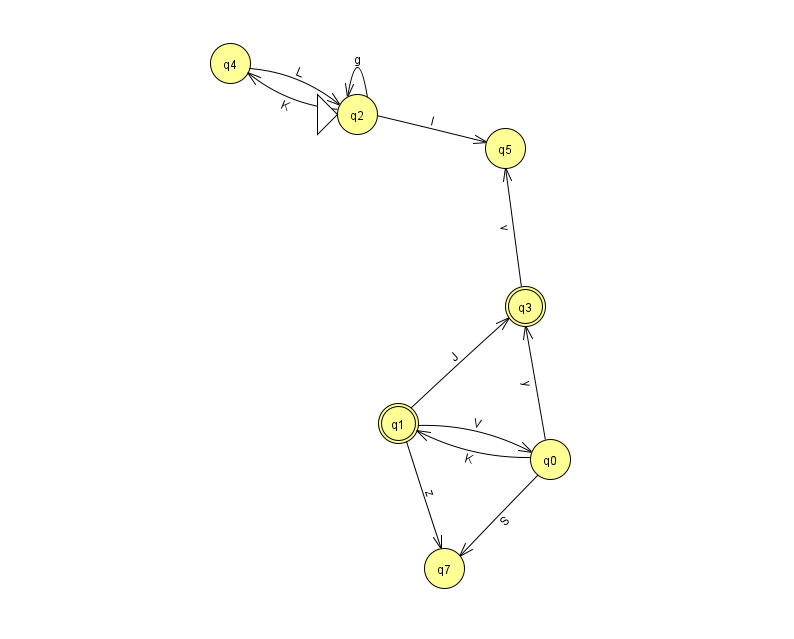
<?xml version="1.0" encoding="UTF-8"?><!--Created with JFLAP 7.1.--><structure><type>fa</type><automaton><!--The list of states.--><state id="0" name="q0"><x>550.0</x><y>446.0</y></state><state id="1" name="q1"><x>398.0</x><y>410.0</y><final/></state><state id="2" name="q2"><x>357.0</x><y>101.0</y><initial/></state><state id="3" name="q3"><x>525.0</x><y>293.0</y><final/></state><state id="4" name="q4"><x>230.0</x><y>50.0</y></state><state id="5" name="q5"><x>505.0</x><y>135.0</y></state><state id="7" name="q7"><x>444.0</x><y>555.0</y></state><!--The list of transitions.--><transition><from>0</from><to>1</to><read>K</read></transition><transition><from>0</from><to>3</to><read>y</read></transition><transition><from>0</from><to>7</to><read>S</read></transition><transition><from>1</from><to>7</to><read>z</read></transition><transition><from>2</from><to>2</to><read>g</read></transition><transition><from>2</from><to>5</to><read>I</read></transition><transition><from>3</from><to>5</to><read>v</read></transition><transition><from>4</from><to>2</to><read>L</read></transition><transition><from>1</from><to>3</to><read>J</read></transition><transition><from>2</from><to>4</to><read>K</read></transition><transition><from>1</from><to>0</to><read>V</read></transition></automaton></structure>